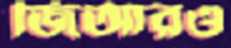
জিআরও